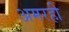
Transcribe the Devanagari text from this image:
अमरही